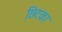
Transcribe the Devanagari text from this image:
छिटका